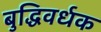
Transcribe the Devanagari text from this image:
बुद्धिवर्धक